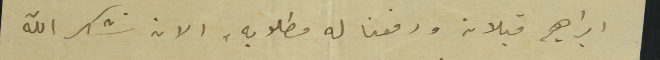
ابراهيم قبلان ودفعنا له مطلوبه، الان نشكر الله